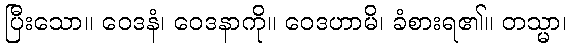
ပြီးသော။ ဝေဒနံ၊ ဝေဒနာကို။ ဝေဒဟာမိ၊ ခံစားရ၏။ တသ္မာ၊